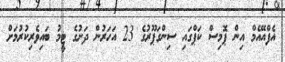
އެފްއޭއެމްް އިން ޕޮމިސް ކަޕްގައި ސިންގަޕޫރުގެ 23 އަހަރުން ދަށުގެ ޓީމު ބައިވެރިކުރުމަށް